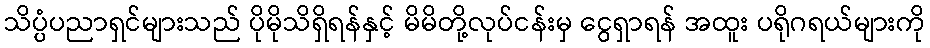
သိပ္ပံပညာရှင်များသည် ပိုမိုသိရှိရန်နှင့် မိမိတို့လုပ်ငန်းမှ ငွေရှာရန် အထူး ပရိုဂရယ်များကို